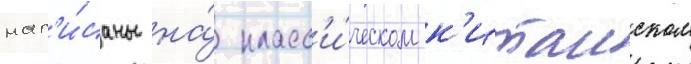
нап'и́саны на́ класс'и́ческом к'итаиском